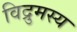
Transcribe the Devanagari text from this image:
विद्रुमस्य